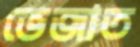
ভেজাত